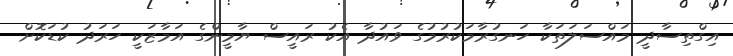
އިގްތިސާދީ މައްސަލަތަކާ ހަނގުރާމަކުރުމުގެ ވައުދާ އެކު ރައީސް ޔާމީންގެ އަމާޒަކީ ހަރަދު ކުޑަކޮށް